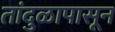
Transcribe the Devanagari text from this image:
तांदुळापासून